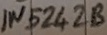
Text: IN5242B